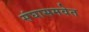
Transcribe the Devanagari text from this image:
संघासमवेत